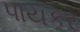
પાયકર